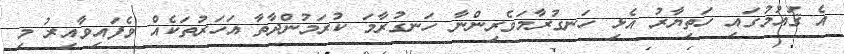
އެ ޤައުމުގައި ހަތިޔާރު އެޅި ހަނގުރާމަވެރިންނާ ހަނގުރާމަ ކުރަމުންދާތާ އަހަރުތަކެއް ވެފައިވާއިރު މި